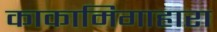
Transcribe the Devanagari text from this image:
काकामिगाहारा